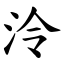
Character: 泠